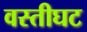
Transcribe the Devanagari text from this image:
वस्तीघट